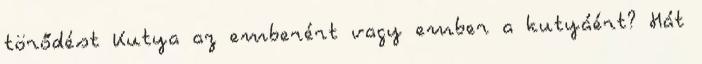
törődést Kutya az emberért vagy ember a kutyáért? Hát